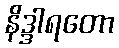
နိဒ္ဒါရတော